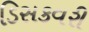
ડિસકવરી